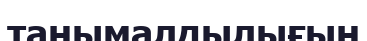
танымалдылығын